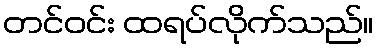
တင်ဝင်း ထရပ်လိုက်သည်။